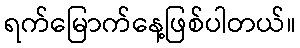
ရက်မြောက်နေ့ဖြစ်ပါတယ်။